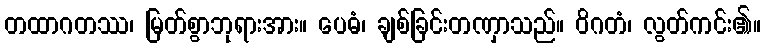
တထာဂတဿ၊ မြတ်စွာဘုရားအား။ ပေဓံ၊ ချစ်ခြင်းတဏှာသည်။ ဝိဂတံ၊ လွတ်ကင်း၏။